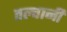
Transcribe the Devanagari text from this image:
तल्वानी